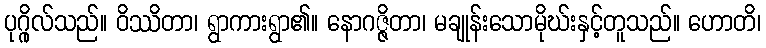
ပုဂ္ဂိုလ်သည်။ ဝိဿိတာ၊ ရွာကားရွာ၏။ နောဂဇ္ဇိတာ၊ မချုန်းသောမိုဃ်းနှင့်တူသည်။ ဟောတိ၊